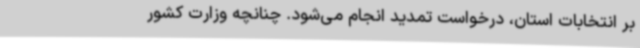
بر انتخابات استان، درخواست تمدید انجام می‌شود. چنانچه وزارت کشور